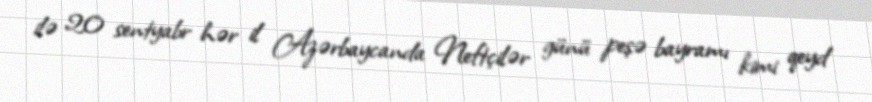
ilə 20 sentyabr hər il Azərbaycanda Neftçilər günü peşə bayramı kimi qeyd